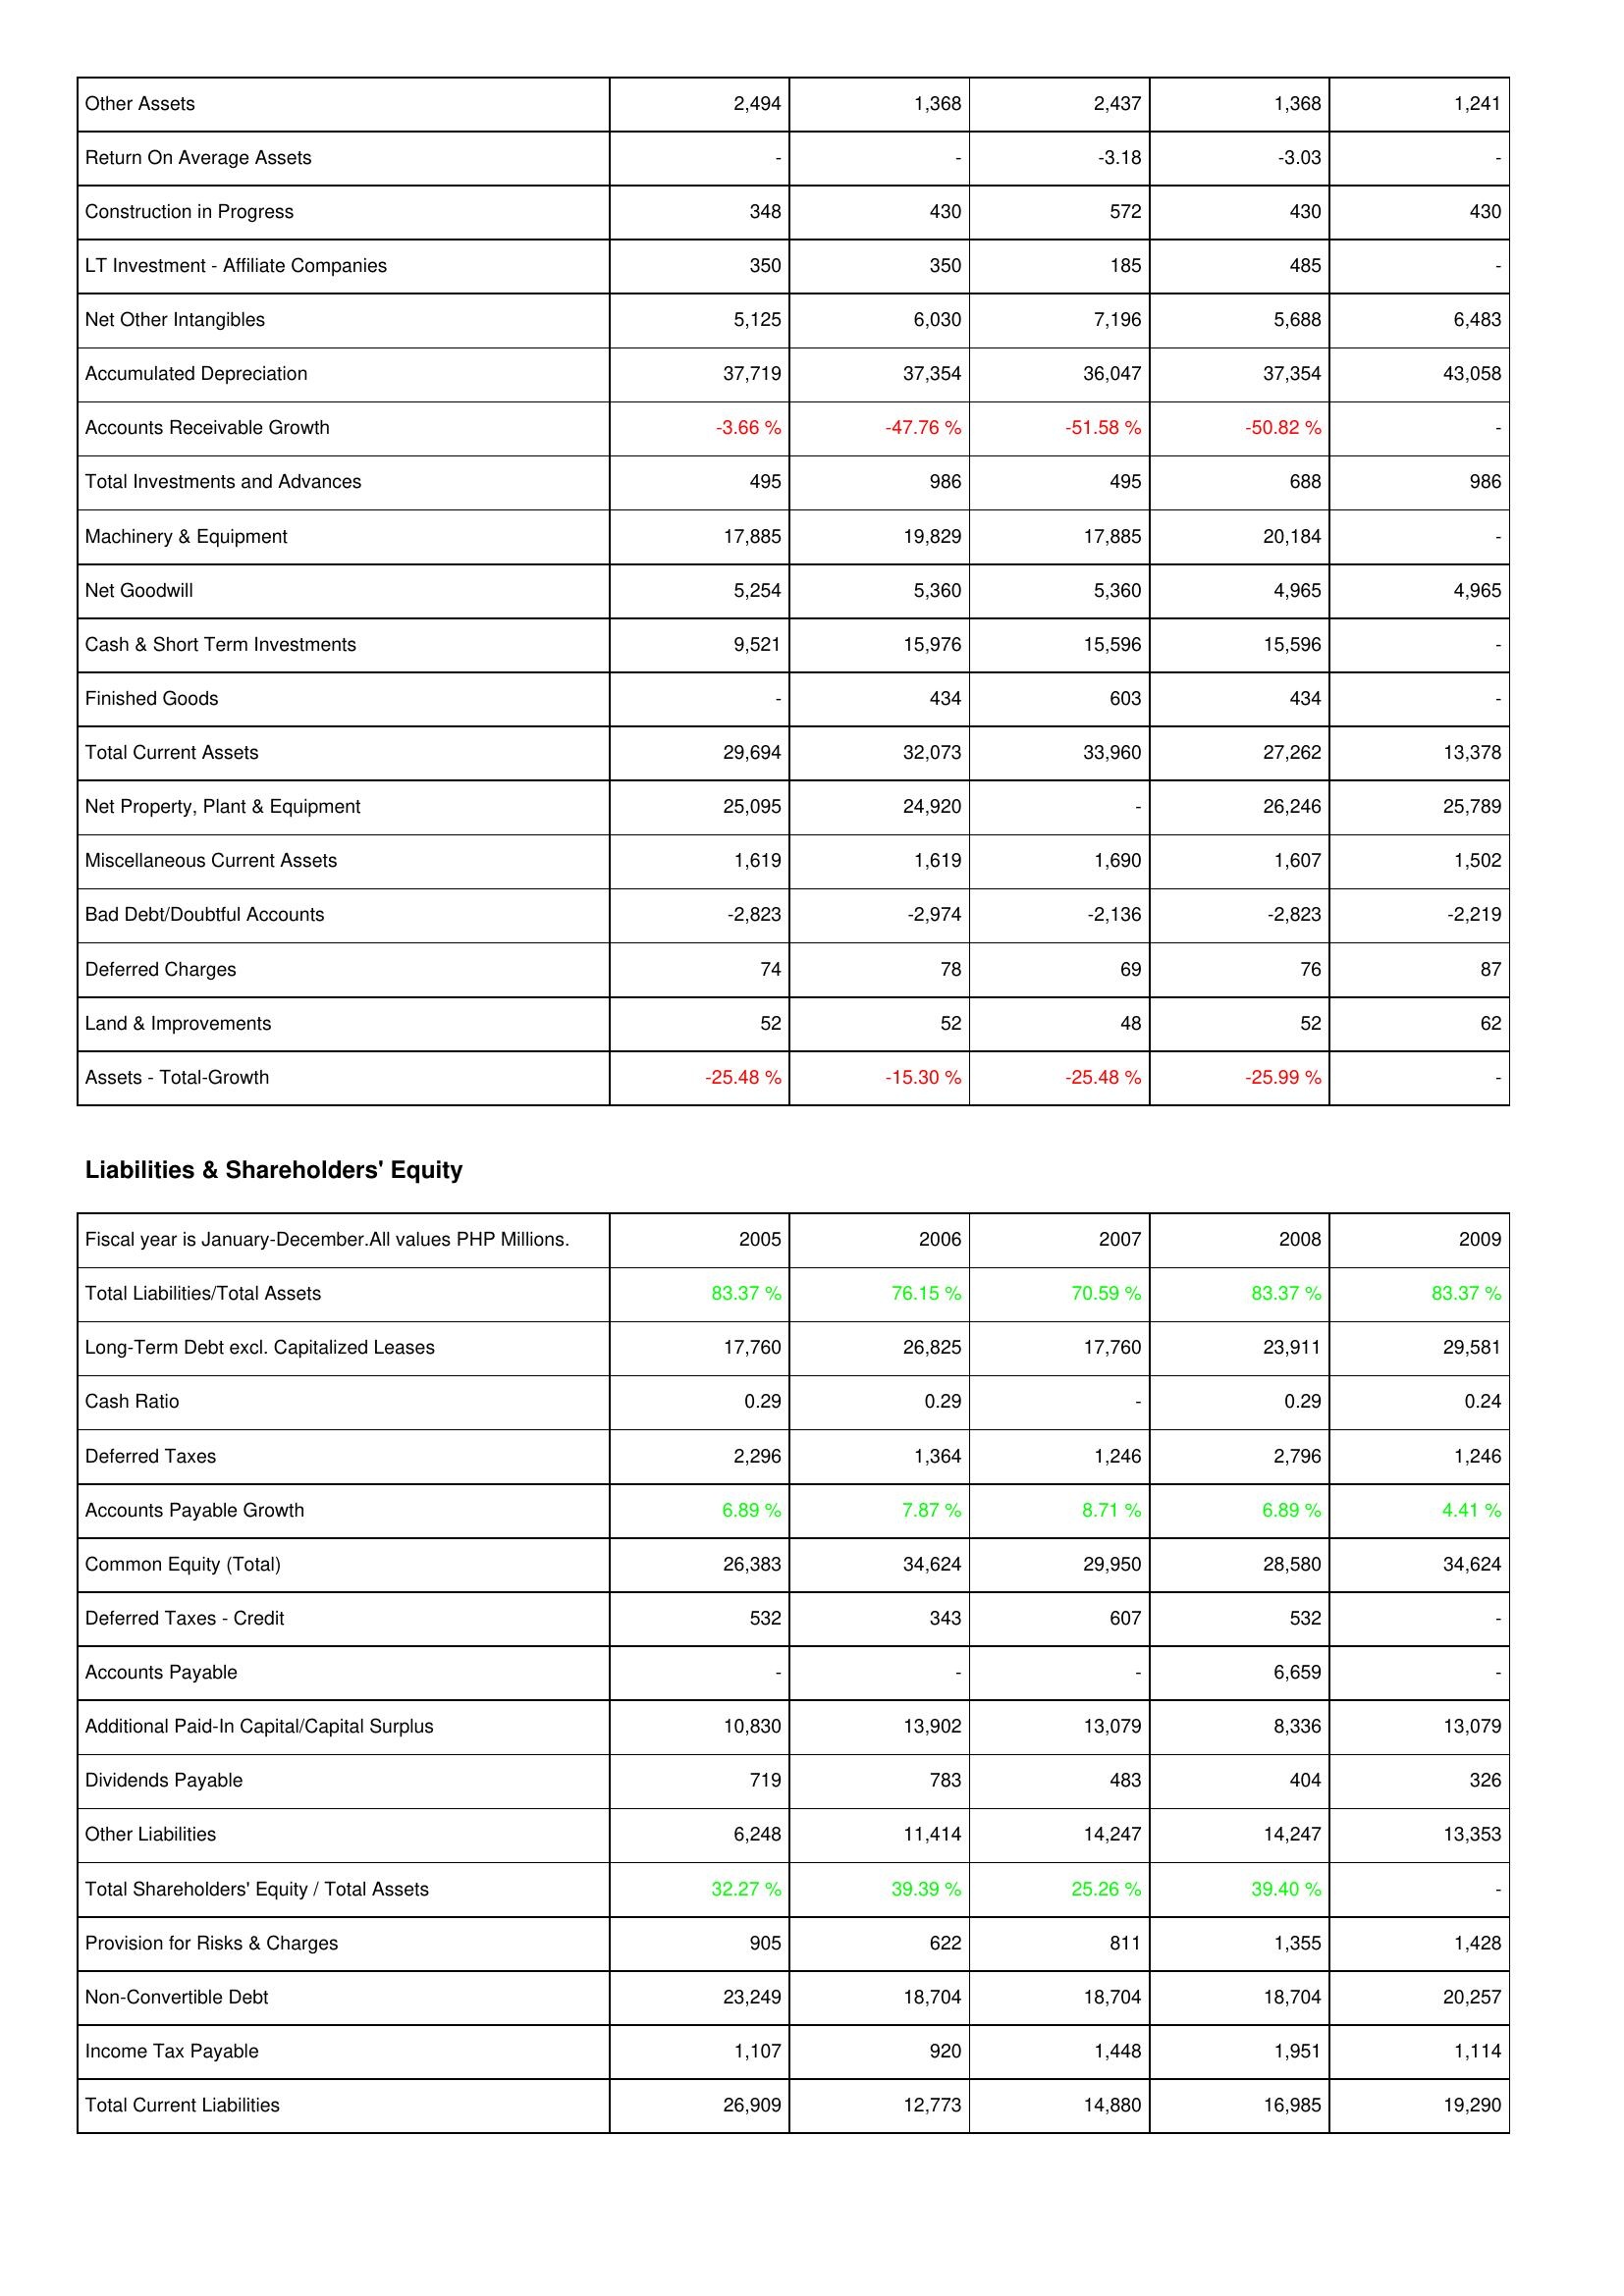
2005: Assets: Other Assets: 2,494
Return On Average Assets: -
Construction in Progress: 348
LT Investment - Affiliate Companies: 350
Net Other Intangibles: 5,125
Accumulated Depreciation: 37,719
Accounts Receivable Growth: -3.66 %
Total Investments and Advances: 495
Machinery & Equipment: 17,885
Net Goodwill: 5,254
Cash & Short Term Investments: 9,521
Finished Goods: -
Total Current Assets: 29,694
Net Property, Plant & Equipment: 25,095
Miscellaneous Current Assets: 1,619
Bad Debt/Doubtful Accounts: -2,823
Deferred Charges: 74
Land & Improvements: 52
Assets - Total-Growth: -25.48 %
Liabilities & Shareholders' Equity: Total Liabilities/Total Assets: 83.37 %
Long-Term Debt excl. Capitalized Leases: 17,760
Cash Ratio: 0.29
Deferred Taxes: 2,296
Accounts Payable Growth: 6.89 %
Common Equity (Total): 26,383
Deferred Taxes - Credit: 532
Accounts Payable: -
Additional Paid-In Capital/Capital Surplus: 10,830
Dividends Payable: 719
Other Liabilities: 6,248
Total Shareholders' Equity / Total Assets: 32.27 %
Provision for Risks & Charges: 905
Non-Convertible Debt: 23,249
Income Tax Payable: 1,107
Total Current Liabilities: 26,909
2006: Assets: Other Assets: 1,368
Return On Average Assets: -
Construction in Progress: 430
LT Investment - Affiliate Companies: 350
Net Other Intangibles: 6,030
Accumulated Depreciation: 37,354
Accounts Receivable Growth: -47.76 %
Total Investments and Advances: 986
Machinery & Equipment: 19,829
Net Goodwill: 5,360
Cash & Short Term Investments: 15,976
Finished Goods: 434
Total Current Assets: 32,073
Net Property, Plant & Equipment: 24,920
Miscellaneous Current Assets: 1,619
Bad Debt/Doubtful Accounts: -2,974
Deferred Charges: 78
Land & Improvements: 52
Assets - Total-Growth: -15.30 %
Liabilities & Shareholders' Equity: Total Liabilities/Total Assets: 76.15 %
Long-Term Debt excl. Capitalized Leases: 26,825
Cash Ratio: 0.29
Deferred Taxes: 1,364
Accounts Payable Growth: 7.87 %
Common Equity (Total): 34,624
Deferred Taxes - Credit: 343
Accounts Payable: -
Additional Paid-In Capital/Capital Surplus: 13,902
Dividends Payable: 783
Other Liabilities: 11,414
Total Shareholders' Equity / Total Assets: 39.39 %
Provision for Risks & Charges: 622
Non-Convertible Debt: 18,704
Income Tax Payable: 920
Total Current Liabilities: 12,773
2007: Assets: Other Assets: 2,437
Return On Average Assets: -3.18
Construction in Progress: 572
LT Investment - Affiliate Companies: 185
Net Other Intangibles: 7,196
Accumulated Depreciation: 36,047
Accounts Receivable Growth: -51.58 %
Total Investments and Advances: 495
Machinery & Equipment: 17,885
Net Goodwill: 5,360
Cash & Short Term Investments: 15,596
Finished Goods: 603
Total Current Assets: 33,960
Net Property, Plant & Equipment: -
Miscellaneous Current Assets: 1,690
Bad Debt/Doubtful Accounts: -2,136
Deferred Charges: 69
Land & Improvements: 48
Assets - Total-Growth: -25.48 %
Liabilities & Shareholders' Equity: Total Liabilities/Total Assets: 70.59 %
Long-Term Debt excl. Capitalized Leases: 17,760
Cash Ratio: -
Deferred Taxes: 1,246
Accounts Payable Growth: 8.71 %
Common Equity (Total): 29,950
Deferred Taxes - Credit: 607
Accounts Payable: -
Additional Paid-In Capital/Capital Surplus: 13,079
Dividends Payable: 483
Other Liabilities: 14,247
Total Shareholders' Equity / Total Assets: 25.26 %
Provision for Risks & Charges: 811
Non-Convertible Debt: 18,704
Income Tax Payable: 1,448
Total Current Liabilities: 14,880
2008: Assets: Other Assets: 1,368
Return On Average Assets: -3.03
Construction in Progress: 430
LT Investment - Affiliate Companies: 485
Net Other Intangibles: 5,688
Accumulated Depreciation: 37,354
Accounts Receivable Growth: -50.82 %
Total Investments and Advances: 688
Machinery & Equipment: 20,184
Net Goodwill: 4,965
Cash & Short Term Investments: 15,596
Finished Goods: 434
Total Current Assets: 27,262
Net Property, Plant & Equipment: 26,246
Miscellaneous Current Assets: 1,607
Bad Debt/Doubtful Accounts: -2,823
Deferred Charges: 76
Land & Improvements: 52
Assets - Total-Growth: -25.99 %
Liabilities & Shareholders' Equity: Total Liabilities/Total Assets: 83.37 %
Long-Term Debt excl. Capitalized Leases: 23,911
Cash Ratio: 0.29
Deferred Taxes: 2,796
Accounts Payable Growth: 6.89 %
Common Equity (Total): 28,580
Deferred Taxes - Credit: 532
Accounts Payable: 6,659
Additional Paid-In Capital/Capital Surplus: 8,336
Dividends Payable: 404
Other Liabilities: 14,247
Total Shareholders' Equity / Total Assets: 39.40 %
Provision for Risks & Charges: 1,355
Non-Convertible Debt: 18,704
Income Tax Payable: 1,951
Total Current Liabilities: 16,985
2009: Assets: Other Assets: 1,241
Return On Average Assets: -
Construction in Progress: 430
LT Investment - Affiliate Companies: -
Net Other Intangibles: 6,483
Accumulated Depreciation: 43,058
Accounts Receivable Growth: -
Total Investments and Advances: 986
Machinery & Equipment: -
Net Goodwill: 4,965
Cash & Short Term Investments: -
Finished Goods: -
Total Current Assets: 13,378
Net Property, Plant & Equipment: 25,789
Miscellaneous Current Assets: 1,502
Bad Debt/Doubtful Accounts: -2,219
Deferred Charges: 87
Land & Improvements: 62
Assets - Total-Growth: -
Liabilities & Shareholders' Equity: Total Liabilities/Total Assets: 83.37 %
Long-Term Debt excl. Capitalized Leases: 29,581
Cash Ratio: 0.24
Deferred Taxes: 1,246
Accounts Payable Growth: 4.41 %
Common Equity (Total): 34,624
Deferred Taxes - Credit: -
Accounts Payable: -
Additional Paid-In Capital/Capital Surplus: 13,079
Dividends Payable: 326
Other Liabilities: 13,353
Total Shareholders' Equity / Total Assets: -
Provision for Risks & Charges: 1,428
Non-Convertible Debt: 20,257
Income Tax Payable: 1,114
Total Current Liabilities: 19,290